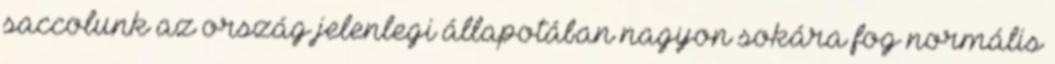
saccolunk az ország jelenlegi állapotában nagyon sokára fog normális